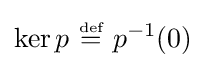
\ker p~{\stackrel {\scriptscriptstyle {\text{def}}}{=}}~p^{-1}(0)